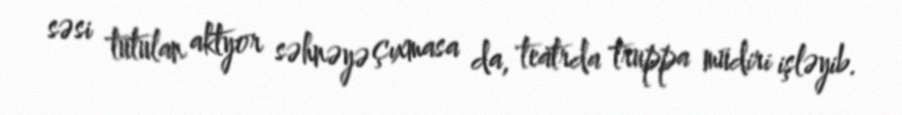
səsi tutulan aktyor səhnəyə çıxmasa da, teatrda truppa müdiri işləyib.